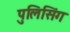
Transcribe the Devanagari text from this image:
पुलिसिंग